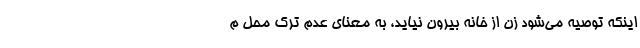
اینکه توصیه می‌شود زن از خانه بیرون نیاید، به معنای عدم ترک محل م